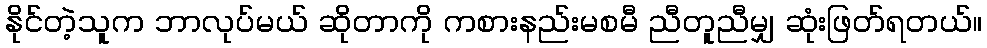
နိုင်တဲ့သူက ဘာလုပ်မယ် ဆိုတာကို ကစားနည်းမစမီ ညီတူညီမျှ ဆုံးဖြတ်ရတယ်။